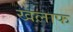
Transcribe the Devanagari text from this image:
खलाफ